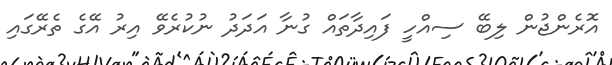
އޮރެންޖުން ލިބޭ ސިއްހީ ފައިދާތައް ގުނާ އަދަދު ނުކުރެވޭ އިރު އޭގެ ތެރޭގައި